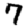
Digit: 7